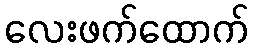
လေးဖက်ထောက်